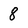
Character: 8